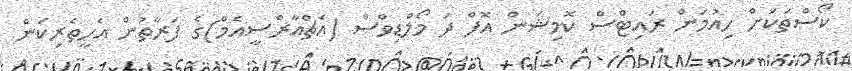
ކޯސްތަކަށް ހިއުމަން ރައިޓްސް ކޮމިޝަން އޮފް ދަ މޯލްޑިވްސް (އެޗްއާރްސީއެމް)ގެ ފަރާތުން އެހީތެރިކަން